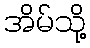
အိမ်သို့